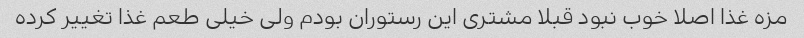
مزه غذا اصلا خوب نبود قبلا مشتری این رستوران بودم ولی خیلی طعم غذا تغییر کرده